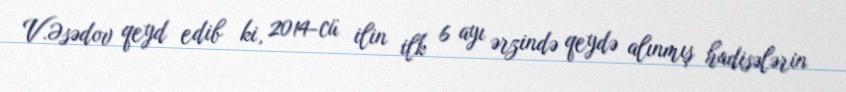
V.Əsədov qeyd edib ki, 2014-cü ilin ilk 6 ayı ərzində qeydə alınmış hadisələrin